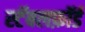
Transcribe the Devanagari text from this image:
स्टॅबलफ़ॉर्ड